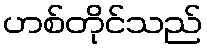
ဟစ်တိုင်သည်